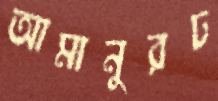
আমানুরঢ